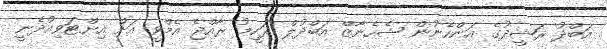
އަބްދު ރަޝީދުގެ އަންހެނުން ޝެހެނާޒް އަބްދުލް ރަހީމު ރާއްޖެ އެމްވީ އަށް އިންޓަވިއުދެނީ